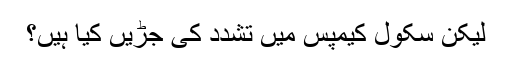
لیکن سکول کیمپس میں تشدد کی جڑیں کیا ہیں؟